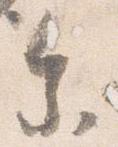
参